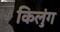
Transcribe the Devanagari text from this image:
किलुंग